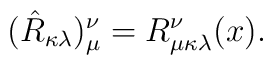
(\hat{R}_{\kappa \lambda} )_{\mu}^{\nu} = R_{\mu \kappa \lambda}^{\nu}(x).